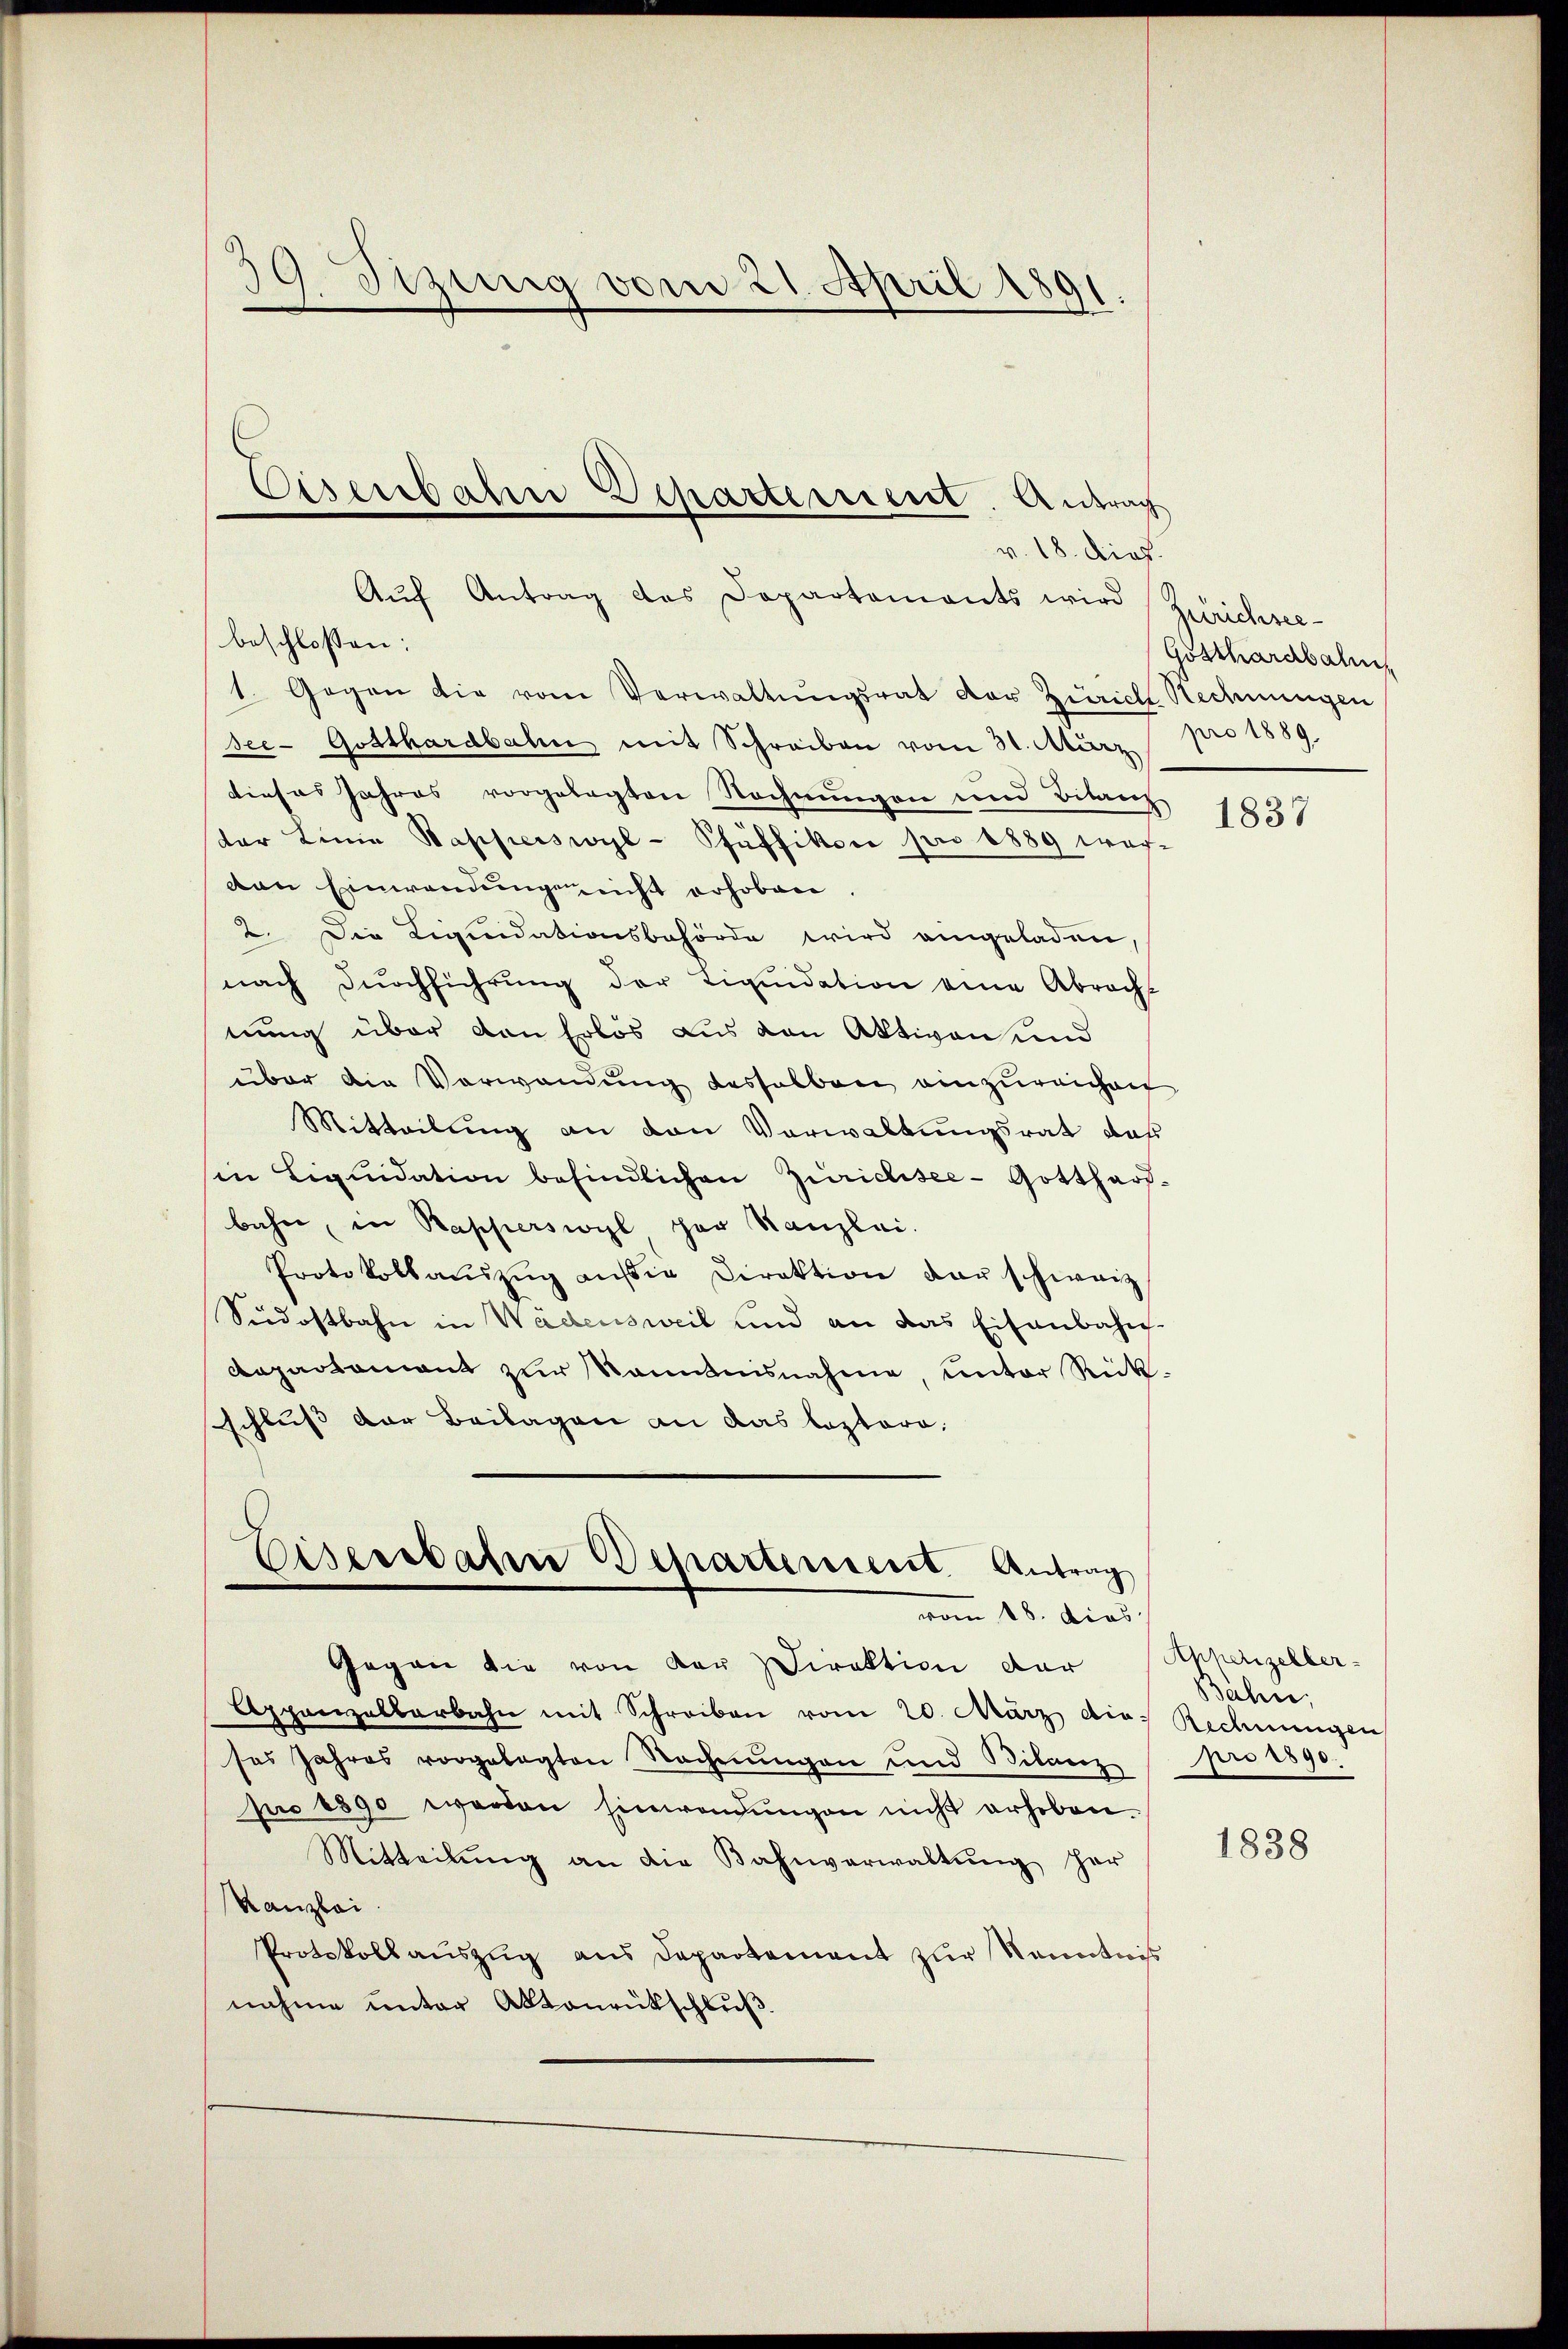
39. Sitzung vom 21. April 1891.

v. 18. Dies
beschlossen:
1. Gegen die vom Verwaltŭngsrat der Zürich Rechnungen
see- Gotthardbahn mit Schreiben vom 31. März pro 1889.
dieses Jahres vorgelegten Rechnungen und Bitanz
der Linia Bapperswyl-Pfäffikon pro 1889 wach-
van Einwendungen nicht erhoben
2. Die Liquidationsbehörde wird angeladen,
nach Durchführung der Liquidation eine Abracht
nung über von Erlös aus von Aktiven und
über die Verwendung desselben einzureichen
Mitteilung an von Verwaltungsrat das
in Liquidation befindlichen Zürichisee-Gotthard-
bahne, in Rapperswyl her Kanzlei.
Protokollaŭszŭg aŭfig Direktion der schweiz
Südostbahn in Wädensweil und an das Eisenbahn-
Dapartament zŭr Kenntnisnahme, unter Rück-
sschluß der Beilagen an das leztaro,
Eisenbahre Departement. Antrag

Eisenbahn Departement. Antrag
Aŭf Antrag des Departements wird (Zürichsee-

vom 18. dies
Gegen die von der Direktion dar

Appanzaltarbahn mit Schreiben vom 20. März die-
ses Jahres vorgelegten Rechnŭngen und Bilanz
pro 1890 werden Einwendungen nicht erheben.
Mitteilŭng an die Bahnverwaltŭng her
Kanzlei.
Protokoll auszug aus Departement zur Kenntniß
nahme unter Aktenrückschluß.

Gotthardbahn

1837

Apperizelber-
Bahn,
Rechnungen
pro 1890.

1838